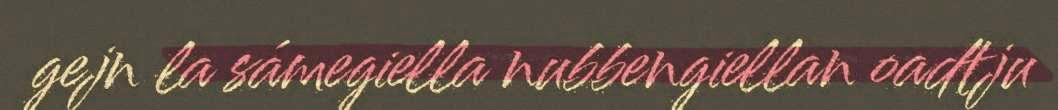
gejn la sámegiella nubbengiellan oadtju